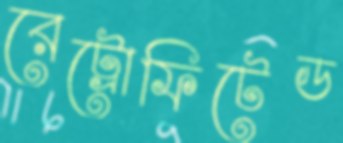
রেট্রোফিটেড